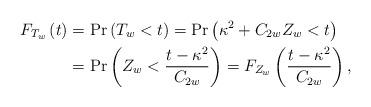
LaTeX: \begin{align*}{F_{T_w}}\left( t \right) &= \Pr \left( {{T_w} < t} \right) = \Pr \left( {{\kappa ^2} + {C_{2w}}Z_w < t} \right)\\&= \Pr \left( {Z_w < \frac{{t - {\kappa ^2}}}{{{C_{2w}}}}} \right) = {F_{Z_w}}\left( {\frac{{t - {\kappa ^2}}}{{{C_{2w}}}}} \right),\end{align*}